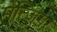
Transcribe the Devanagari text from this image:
मेत्जिंगर